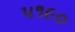
૫૧૯૦